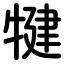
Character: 犍